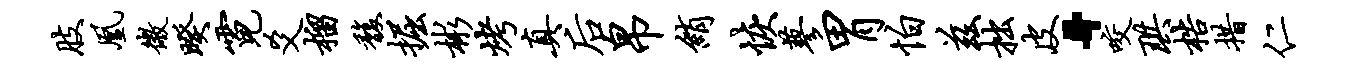
肢凰微暌霓爻榴馥掘彬烤真後帛绡恢蓼胃怕兹拙皮·咬珙梏措仁